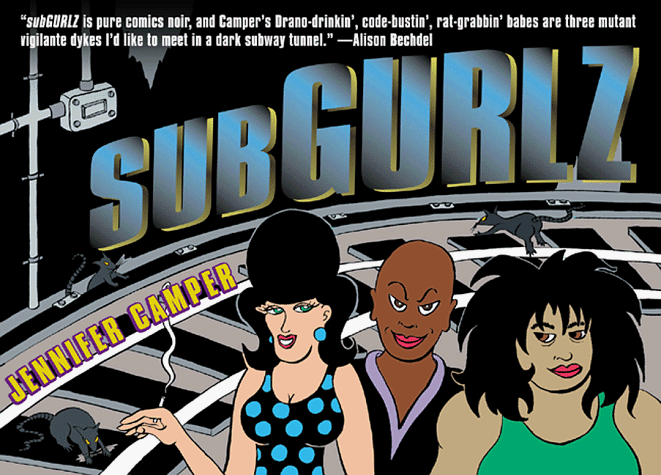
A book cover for SUBGurlz; Jennifer Camper; Comics & Graphic Novels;